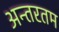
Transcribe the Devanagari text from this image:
अन्तरतम